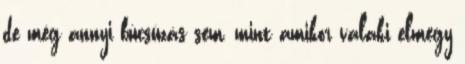
de még annyi búcsúzás sem, mint amikor valaki elmegy